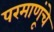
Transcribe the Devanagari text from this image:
परमाणूंचे